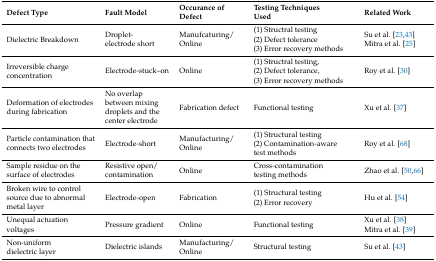
| Defect Type | Fault Model | Occurance of Defect | Testing TechniquesUsed | Related Work |
 | --- | --- | --- | --- | --- |
 | Dielectric Breakdown | Droplet-electrode short | Manufcaturing/Online | (1) Structral testing(2) Defect tolerance(3) Error recovery methods | Su et al. [23,43]Mitra et al. [25] |
 | Irreversible charge concentration | Electrode-stuck--on | Online | (1) Structral testing,(2) Defect tolerance,(3) Error recovery methods | Roy et al. [30] |
 | Deformation of electrodes during fabrication | No overlap between mixing droplets and the center electrode | Fabrication defect | Functional testing | Xu et al. [37] |
 | Particle contamination that connects two electrodes | Electrode-short | Manufacturing/Online | (1) Structural testing(2) Contamination-aware test methods | Roy et al. [68] |
 | Sample residue on the surface of electrodes | Resistive open/contamination | Online | Cross-contamination testing methods | Zhao et al. [50,66] |
 | Broken wire to control source due to abnormal metal layer | Electrode-open | Fabrication | (1) Structural testing(2) Error recovery | Hu et al. [54] |
 | Unequal actuation voltages | Pressure gradient | Online | Functional testing | Xu et al. [38]Mitra et al. [39] |
 | Non-uniform dielectric layer | Dielectric islands | Manufacturing/Online | Structural testing | Su et al. [43] |